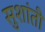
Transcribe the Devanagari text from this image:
सुशांती